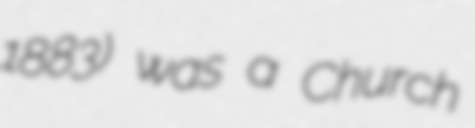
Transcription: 1883) was a Church